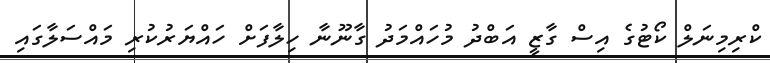
ކްރިމިނަލް ކޯޓުގެ އިސް ގާޒީ އަބްދު މުހައްމަދު ގާނޫނާ ހިލާފަށް ހައްޔަރުކުރި މައްސަލާގައި